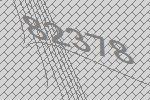
82378